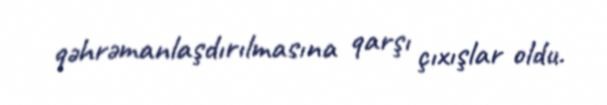
qəhrəmanlaşdırılmasına qarşı çıxışlar oldu.